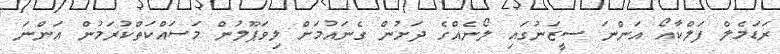
ރަޑަމެލް ފަލްކާއޯ އަންނަ ސީޒަނުގައި ލޯނެއްގެ ދަށުން ގެނައުމަށް ލިވަޕޫލުން މަސައްކަތްކުރަމުން އަންނަ